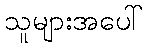
သူများအပေါ်